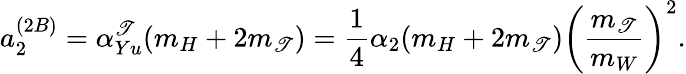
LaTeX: a_{2}^{(2B)}=\alpha_{Yu}^{\mathscr{T}}(m_{H}+2m_{\mathscr{T}})=\frac{{1}}{{4}}\alpha_{2}(m_{H}+2m_{\mathscr{T}})\left(\frac{{m_{\mathscr{T}}}}{{m_{W}}}\right)^{2}.